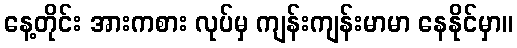
နေ့တိုင်း အားကစား လုပ်မှ ကျန်းကျန်းမာမာ နေနိုင်မှာ။